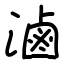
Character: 滷